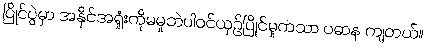
ပြိုင်ပွဲမှာ အနိုင်အရှုံးကိုမမှုဘဲပါဝင်ယှဉ်ပြိုင်မှုကသာ ပဓာန ကျတယ်။